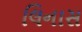
લિનાસ